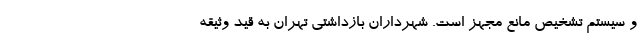
و سیستم تشخیص مانع مجهز است. شهرداران بازداشتی تهران به قید وثیقه